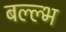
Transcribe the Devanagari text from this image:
बल्ल्भ